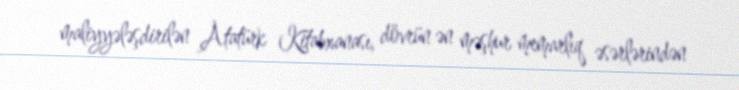
maliyyələşdirilən Atatürk Kitabxanası, dövrün ən məşhur memarlıq əsərlərindən